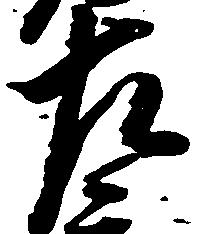
左